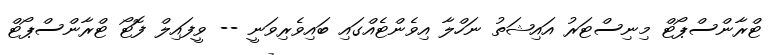
ޓްރާންސްޕޯޓް މިނިސްޓަރު އައިޝަތު ނަހްލާ އިވެންޓެއްގައި ބައިވެރިވަނީ -- ވީފައިލް ފޮޓޯ ޓްރާންސްޕޯޓް